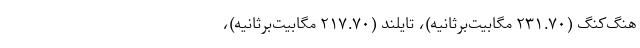
هنگ‌کنگ (۲۳۱.۷۰ مگابیت‌برثانیه)، تایلند (۲۱۷.۷۰ مگابیت‌برثانیه)،